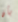
بأن